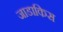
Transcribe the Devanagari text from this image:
जाडाकिस